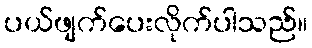
ပယ်ဖျက်ပေးလိုက်ပါသည်။